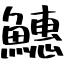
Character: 𬵪